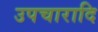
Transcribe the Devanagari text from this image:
उपचारादि